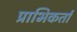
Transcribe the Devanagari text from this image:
प्राभिकर्ता